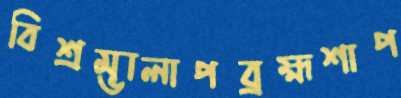
বিশ্রম্ভালাপব্রহ্মশাপ